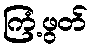
ကြံ့ဖွတ်